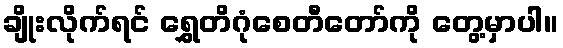
ချိုးလိုက်ရင် ရွှေတိဂုံစေတီတော်ကို တွေ့မှာပါ။